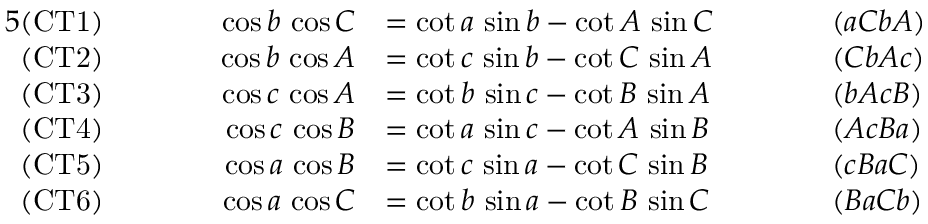
{ \begin{array} { r l r l r l } { { 5 } { \mathrm { ( C T 1 ) } } } & { } & { \qquad \cos b \, \cos C } & { = \cot a \, \sin b - \cot A \, \sin C \qquad } & & { ( a C b A ) } \\ { { \mathrm { ( C T 2 ) } } } & { } & { \cos b \, \cos A } & { = \cot c \, \sin b - \cot C \, \sin A } & & { ( C b A c ) } \\ { { \mathrm { ( C T 3 ) } } } & { } & { \cos c \, \cos A } & { = \cot b \, \sin c - \cot B \, \sin A } & & { ( b A c B ) } \\ { { \mathrm { ( C T 4 ) } } } & { } & { \cos c \, \cos B } & { = \cot a \, \sin c - \cot A \, \sin B } & & { ( A c B a ) } \\ { { \mathrm { ( C T 5 ) } } } & { } & { \cos a \, \cos B } & { = \cot c \, \sin a - \cot C \, \sin B } & & { ( c B a C ) } \\ { { \mathrm { ( C T 6 ) } } } & { } & { \cos a \, \cos C } & { = \cot b \, \sin a - \cot B \, \sin C } & & { ( B a C b ) } \end{array} }